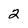
Character: 2